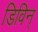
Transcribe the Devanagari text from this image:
डिविन्